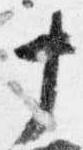
十